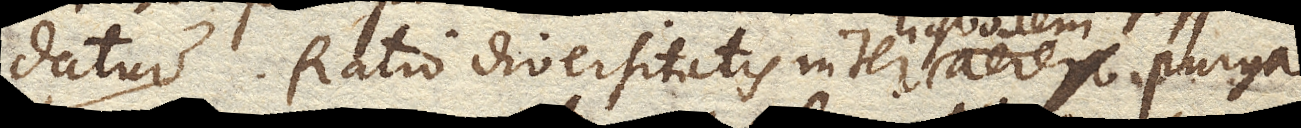
datur Ratio diversitatis inter aerem liquorem aere purga–